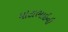
મોટાભાઇની